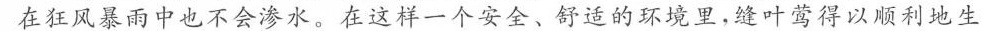
在狂风暴雨中也不会渗水。在这样一个安全、舒适的环境里，缝叶莺得以顺利地生